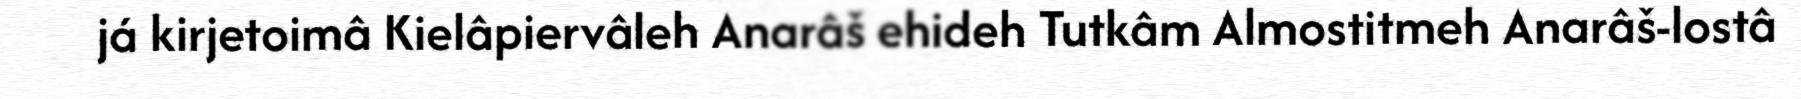
já kirjetoimâ Kielâpiervâleh Anarâš ehideh Tutkâm Almostitmeh Anarâš-lostâ